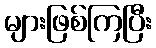
များဖြစ်ကြပြီး